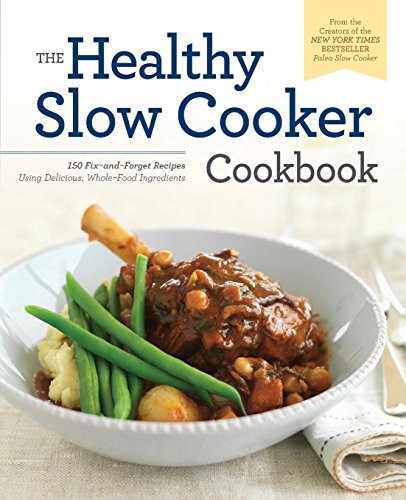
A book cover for Healthy Slow Cooker Cookbook: 150 Fix-And-Forget Recipes Using Delicious, Whole Food Ingredients; Rockridge Press; Cookbooks, Food & Wine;